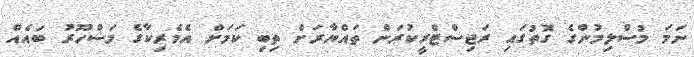
ނަމަ މުސްލިމުންގެ ގޮތުގައި ރަޖިސްޓްރީކުރަން ތައްޔާރަށް ތިބި ކަމަށް އެމެރިކާގެ މަޝްހޫރު ބައެއް